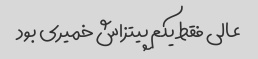
عالی فقط یکم پیتزاش خمیری بود